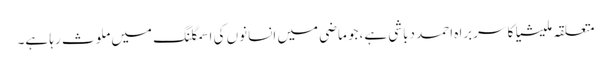
متعلقہ ملیشیا کا سربراہ احمد دباشی ہے، جو ماضی میں انسانوں کی اسمگلنگ میں ملوث رہا ہے۔